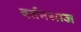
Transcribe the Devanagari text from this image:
बर्तनसाज